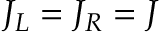
J _ { L } = J _ { R } = J